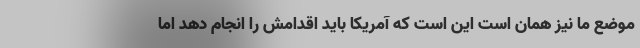
موضع ما نیز همان است این است که آمریکا باید اقدامش را انجام دهد اما